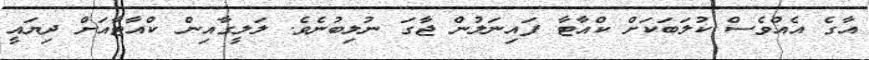
އާގެ އެއްވެސް ކުލަބަކަށް ކްއާޓާ ފައިނަލުން ޖާގަ ނުލިބުނެވެ. ލަލީގާއިން ކްއާޓާއަށް ދިޔައީ